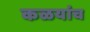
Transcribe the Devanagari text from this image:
कळयांच